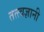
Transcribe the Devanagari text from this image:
तत्त्‍वज्ञानी